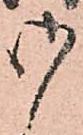
御